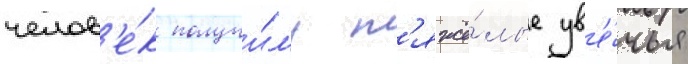
челов'е́к получи́л'и т'яжё́лые ув'е́чья